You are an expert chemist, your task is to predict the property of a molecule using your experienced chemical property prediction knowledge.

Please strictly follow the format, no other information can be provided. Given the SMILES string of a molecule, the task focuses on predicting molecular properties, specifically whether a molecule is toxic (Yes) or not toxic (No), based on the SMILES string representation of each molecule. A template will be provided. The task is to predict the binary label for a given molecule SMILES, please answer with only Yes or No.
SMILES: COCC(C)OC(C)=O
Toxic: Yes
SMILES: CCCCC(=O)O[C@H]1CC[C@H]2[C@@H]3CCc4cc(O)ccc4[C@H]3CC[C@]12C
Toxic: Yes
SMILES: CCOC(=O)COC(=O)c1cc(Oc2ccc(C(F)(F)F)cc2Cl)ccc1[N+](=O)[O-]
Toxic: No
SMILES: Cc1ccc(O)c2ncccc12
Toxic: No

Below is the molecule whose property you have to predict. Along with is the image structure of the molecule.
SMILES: COc1ccc2c(c1)CCCC2=O
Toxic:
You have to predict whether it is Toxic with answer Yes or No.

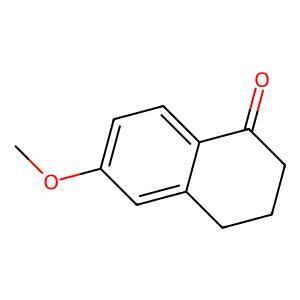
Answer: No